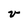
Character: v